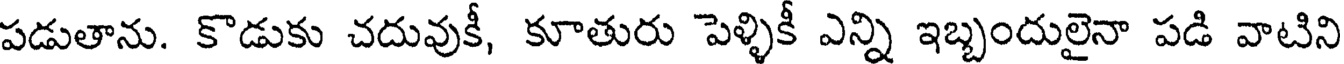
పడుతాను. కొడుకు చదువుకీ, కూతురు పెళ్ళికీ ఎన్ని ఇబ్బందులైనా పడి వాటిని